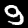
Digit: 9